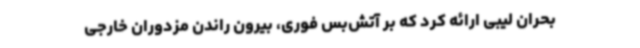
بحران لیبی ارائه کرد که بر آتش‌بس فوری، بیرون راندن مزدوران خارجی